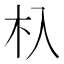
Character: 杁